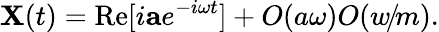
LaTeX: {\mathbf X}(t)=\mathrm{Re}[i{\mathbf a}e^{-i\omega t}]+O(a\omega)O(w\! /\! m).